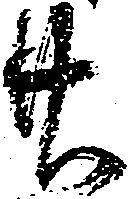
廿